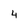
Character: 4